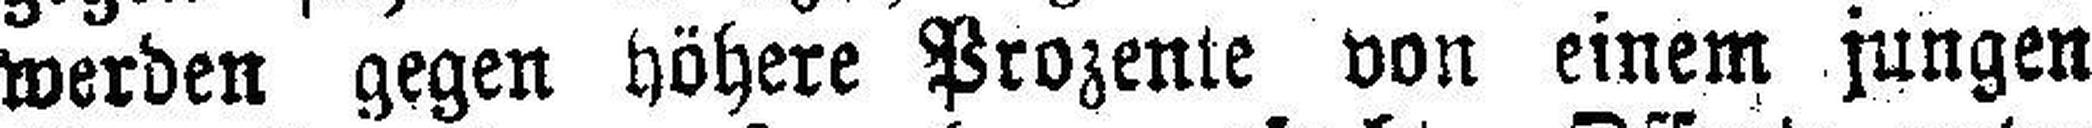
werden gegen höhere Prozente von einem jungen